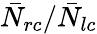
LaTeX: \bar{N}_{rc}/\bar{N}_{lc}